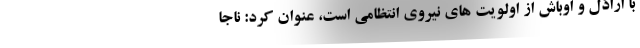
با اراذل و اوباش از اولویت های نیروی انتظامی است، عنوان کرد: ناجا